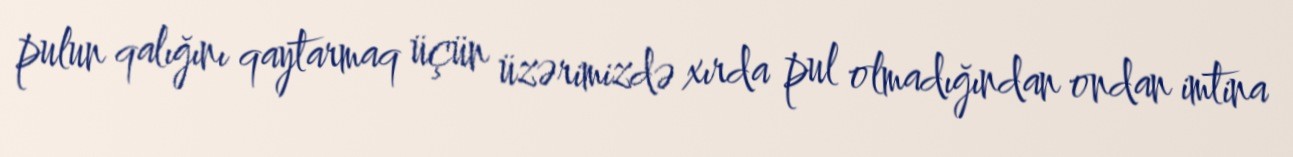
pulun qalığını qaytarmaq üçün üzərimizdə xırda pul olmadığından ondan imtina